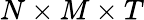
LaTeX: N\times M\times T